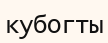
кубогты